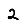
Digit: 2